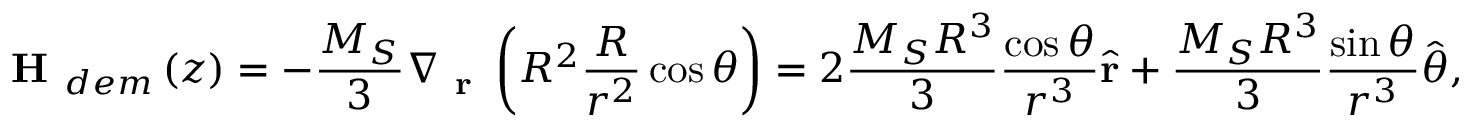
\textbf { H } _ { d e m } \left( z \right) = - \frac { M _ { S } } { 3 } \nabla _ { \textbf { r } } \left( R ^ { 2 } \frac { R } { r ^ { 2 } } \cos \theta \right) = 2 \frac { M _ { S } R ^ { 3 } } { 3 } \frac { \cos \theta } { r ^ { 3 } } \hat { \mathbf { r } } + \frac { M _ { S } R ^ { 3 } } { 3 } \frac { \sin \theta } { r ^ { 3 } } \hat { \boldsymbol { \theta } } ,